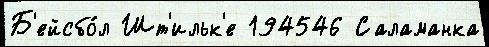
Б'ейсбо́л Шт'ильк'е 194546 Саламанка